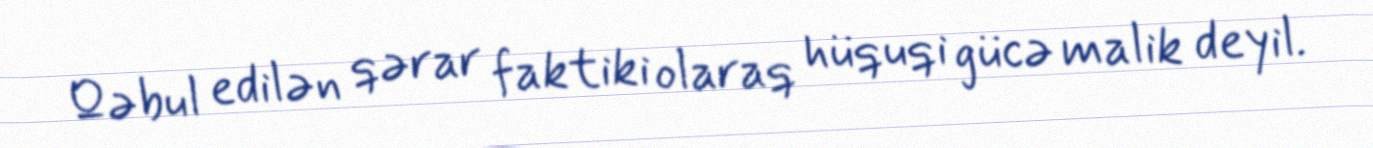
Qəbul edilən qərar faktiki olaraq hüquqi gücə malik deyil.